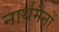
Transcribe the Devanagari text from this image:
नार्थमैनों